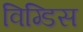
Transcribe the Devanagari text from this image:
विग्डिस